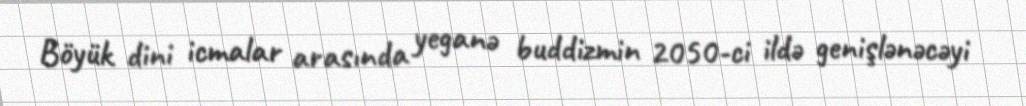
Böyük dini icmalar arasında yeganə buddizmin 2050-ci ildə genişlənəcəyi